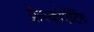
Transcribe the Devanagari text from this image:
फ्रेस्कोपेंटिंग